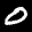
Label: 0